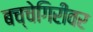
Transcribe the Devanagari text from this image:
बच्चेगिरीवर